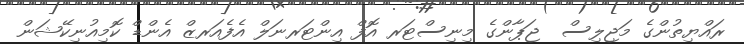
ރައްޔިތުންގެ މަޖިލިސް  ޖަޕާންގެ މިނިސްޓަރ އޮފް އިންޓަރނަލް އެފެއަރޒް އެންޑް ކޮމިއުނިކޭޝަން